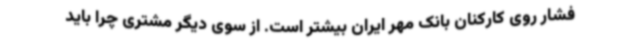
فشار روی کارکنان بانک مهر ایران بیشتر است. از سوی دیگر مشتری چرا باید